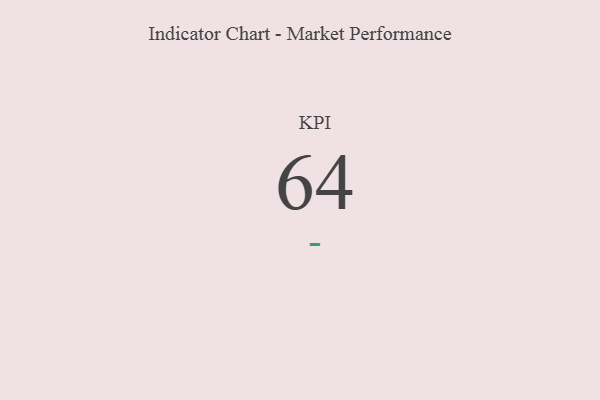
{"axis": {"x": "KPI", "y": "Value"}, "legend": [""], "data": [{"x": "KPI", "y": 64, "type": ""}]}